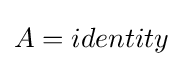
A=identity